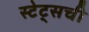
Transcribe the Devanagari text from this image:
स्टेट्सची